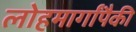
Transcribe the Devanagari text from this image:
लोहमार्गांपैकी